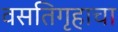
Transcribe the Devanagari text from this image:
वसतिगृहाचा